Plague in India, 1896, 1897 - Volume 3
Year: 1896
Disease focus: Plague
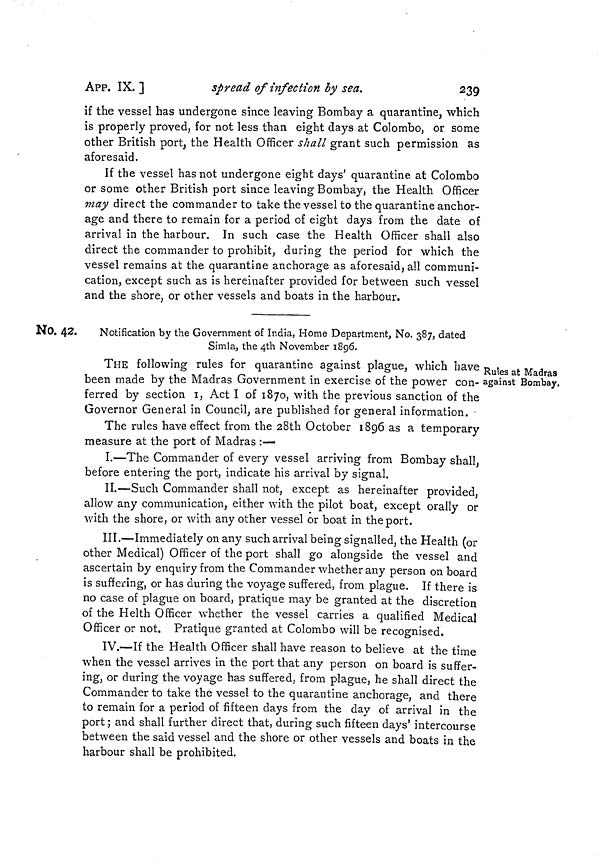
APP. IX. ]
spread of infection by sea.
239
if the vessel has undergone since leaving Bombay a quarantine, which
is properly proved, for not less than eight days at Colomboj or some
other British port, the Health Officer shall grant such permission as
aforesaid.
If the vessel has not undergone eight days' quarantine at Colombo
or some other British port since leaving Bombay, the Health Officer
may direct the commander to take the vessel to the quarantine anchor-
age and there to remain for a period of eight days from the date of
arrival in the harbour. In such case the Health Officer shall also
direct the commander to prohibit, during the period for which the
vessel remains at the quarantine anchorage as aforesaid, all communi-
cation, except such as is hereinafter provided for between such vessel
and the shore, or other vessels and boats in the harbour.
No. 42.
Notification by the Government of India, Home Department, No. 387, dated
Simla, the 4th November 1896.
Rules at Madras
against Bombay.
THE following rules for quarantine against plague, which have
been made by the Madras Government in exercise of the power con-
ferred by section I, Act I of 1870, with the previous sanction of the
Governor General in Council, are published for general information.
The rules have effect from the 28th October 1896 as a temporary
measure at the port of Madras :—
I.—The Commander of every vessel arriving from Bombay shall,
before entering the port, indicate his arrival by signal.
II.—Such Commander shall not, except as hereinafter provided,
allow any communication, either with the pilot boat, except orally or
with the shore, or with any other vessel or boat in the port.
III.—Immediately on any such arrival being signalled, the Health (or
other Medical) Officer of the port shall go alongside the vessel and
ascertain by enquiry from the Commander whether any person on board
is suffering, or has during the voyage suffered, from plague. If there is
no case of plague on board, pratique may be granted at the discretion
of the Helth Officer whether the vessel carries a qualified Medical
Officer or not. Pratique granted at Colombo will be recognised.
IV.—If the Health Officer shall have reason to believe at the time
when the vessel arrives in the port that any person on board is suffer-
ing, or during the voyage has suffered, from plague, he shall direct the
Commander to take the vessel to the quarantine anchorage, and there
to remain for a period of fifteen days from the day of arrival in the
port; and shall further direct that, during such fifteen days' intercourse
between the said vessel and the shore or other vessels and boats in the
harbour shall be prohibited.